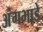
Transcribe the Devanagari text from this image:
अंगभाडे